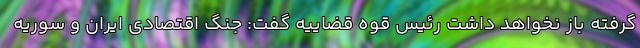
گرفته باز نخواهد داشت رئیس قوه قضاییه گفت: جنگ اقتصادی ایران و سوریه